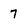
Character: 7